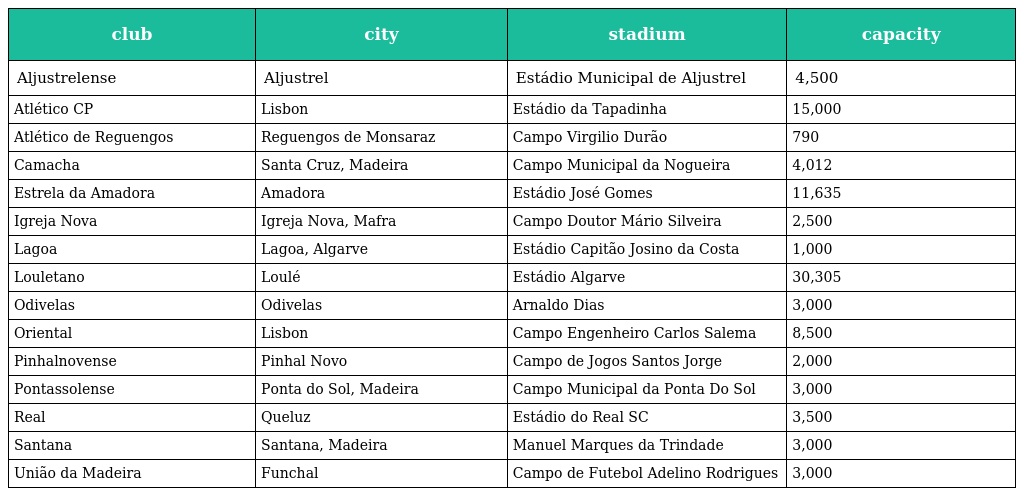
| club | city | stadium | capacity |
 | --- | --- | --- | --- |
 | Aljustrelense | Aljustrel | Estádio Municipal de Aljustrel | 4,500 |
 | Atlético CP | Lisbon | Estádio da Tapadinha | 15,000 |
 | Atlético de Reguengos | Reguengos de Monsaraz | Campo Virgilio Durão | 790 |
 | Camacha | Santa Cruz, Madeira | Campo Municipal da Nogueira | 4,012 |
 | Estrela da Amadora | Amadora | Estádio José Gomes | 11,635 |
 | Igreja Nova | Igreja Nova, Mafra | Campo Doutor Mário Silveira | 2,500 |
 | Lagoa | Lagoa, Algarve | Estádio Capitão Josino da Costa | 1,000 |
 | Louletano | Loulé | Estádio Algarve | 30,305 |
 | Odivelas | Odivelas | Arnaldo Dias | 3,000 |
 | Oriental | Lisbon | Campo Engenheiro Carlos Salema | 8,500 |
 | Pinhalnovense | Pinhal Novo | Campo de Jogos Santos Jorge | 2,000 |
 | Pontassolense | Ponta do Sol, Madeira | Campo Municipal da Ponta Do Sol | 3,000 |
 | Real | Queluz | Estádio do Real SC | 3,500 |
 | Santana | Santana, Madeira | Manuel Marques da Trindade | 3,000 |
 | União da Madeira | Funchal | Campo de Futebol Adelino Rodrigues | 3,000 |